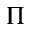
\Pi